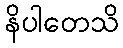
နိပါတေသိ